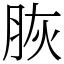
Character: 脄